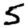
Digit: 5